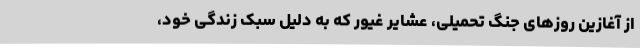
از آغازین روزهای جنگ تحمیلی، عشایر غیور که به دلیل سبک زندگی خود،